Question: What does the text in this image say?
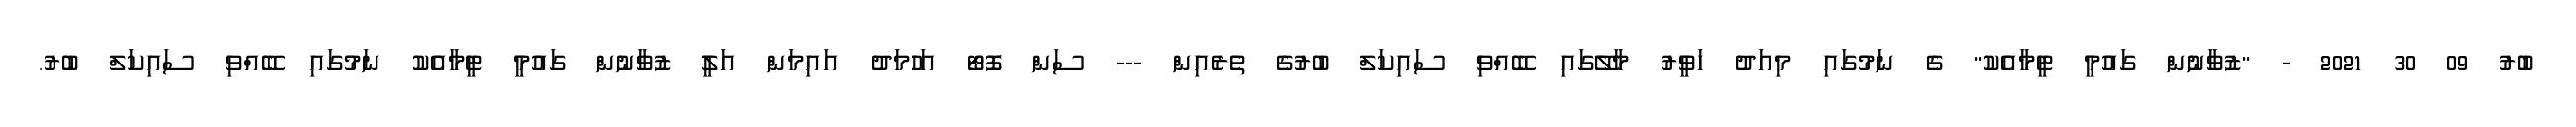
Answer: ބުރު 09 30 2021 - "ޒުވާނުން ގައުމީ ޓީމާއެކު" ގެ ނަމުގައި މިއަދު ހަވީރު މާލޭގައި ބޭއްވި ސައިކަލް ބުރުގެ ތެރެއިން --- ސަން ފޮޓޯ އަހުމަދު އައިމަން އަލީ ޒުވާނުން ގައުމީ ޓީމާއެކު ނަމުގައި ބޭއްވި ސައިކަލް ބުރު.